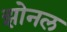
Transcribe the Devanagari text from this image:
झोनल